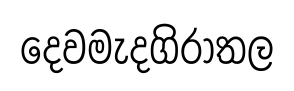
දෙවමැදගිරාතල